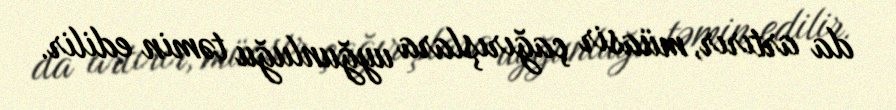
da artırır, müasir çağırışlara uyğunluğu təmin edilir.